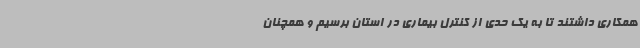
همکاری داشتند تا به یک حدی از کنترل بیماری در استان برسیم و همچنان